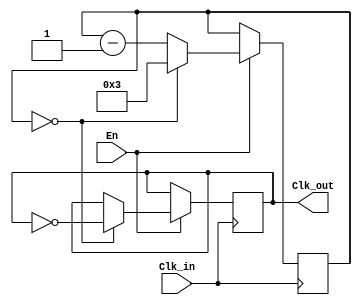
module FreqDiv #(parameter FREQ = 4)(En, Clk_in, Clk_out);
  input Clk_in,En;
  output reg Clk_out;

  reg [23:0] contHz = 0;
  initial begin
    Clk_out = 0;
  end

  always@(posedge Clk_in) begin
		if(En)
		begin
			if(contHz == 0)begin
				contHz = FREQ-1;
				Clk_out = !Clk_out;
			end
			else contHz = contHz - 1'h1;
		end
    end
endmodule